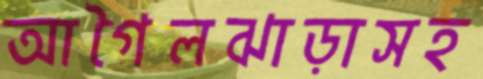
আগৈলঝাড়াসহ